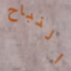
النباح